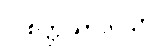
ပါစိတ္တိယာဒိပဉှာ